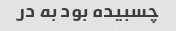
چسبیده بود به در